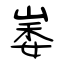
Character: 崣